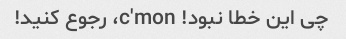
چی این خطا نبود! c'mon، رجوع کنید!